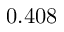
0 . 4 0 8